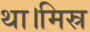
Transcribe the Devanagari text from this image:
था।मिस्र